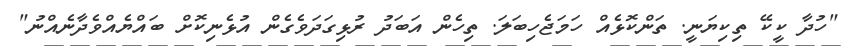
"ހުދާ ކީކޭ ތިކިޔަނީ. ތަންކޮޅެއް ހަމަޖެހިބަލަ. ތިހެން އަބަދު ރުޅިގަދަވެގެން އުޅެނިކޮށް ބައްޔެއްވެދާނެއްނު"